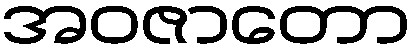
အဝဇာတော